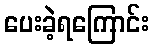
ပေးခဲ့ရကြောင်း